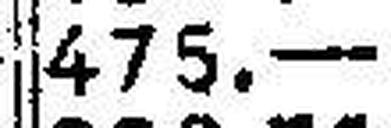
475.—